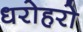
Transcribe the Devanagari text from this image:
धरोहरो